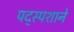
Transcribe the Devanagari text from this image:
पद्स्पशाने